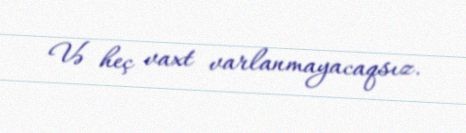
Və heç vaxt varlanmayacaqsız.